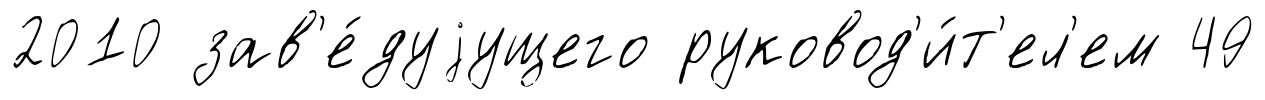
2010 зав'е́дуjущего руковод'и́т'ел'ем 49